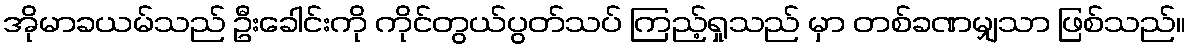
အိုမာခယမ်သည် ဦးခေါင်းကို ကိုင်တွယ်ပွတ်သပ် ကြည့်ရှုသည် မှာ တစ်ခဏမျှသာ ဖြစ်သည်။